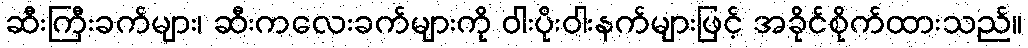
ဆီးကြီးခက်များ၊ ဆီးကလေးခက်များကို ဝါးပိုးဝါးနက်များဖြင့် အခိုင်စိုက်ထားသည်။